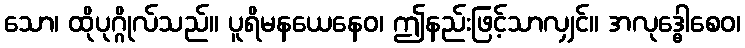
သော၊ ထိုပုဂ္ဂိုလ်သည်။ ပူရိမနယေနေဝ၊ ဤနည်းဖြင့်သာလျှင်။ အလုဒ္ဓေါစေဝ၊